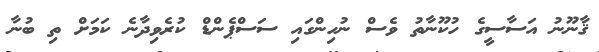
ޤާނޫނު އަސާސީގެ ހުކޫނާތު ވެސް ނުހިންގައި ސަސްޕެންޑް ކުރެވިދާނެ ކަމަށް ތި ބުނާ